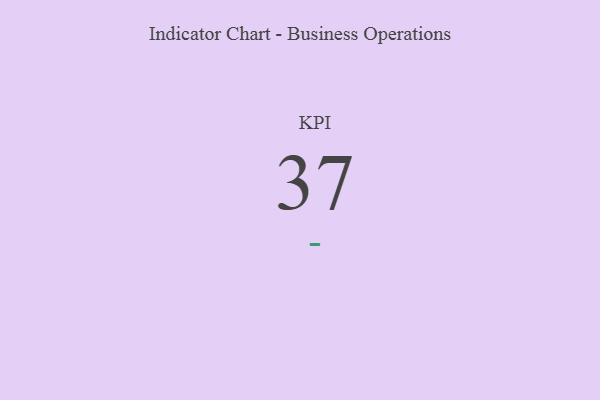
{"axis": {"x": "KPI", "y": "Value"}, "legend": [""], "data": [{"x": "KPI", "y": 37, "type": ""}]}